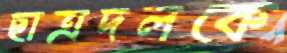
ছাত্রদলকে